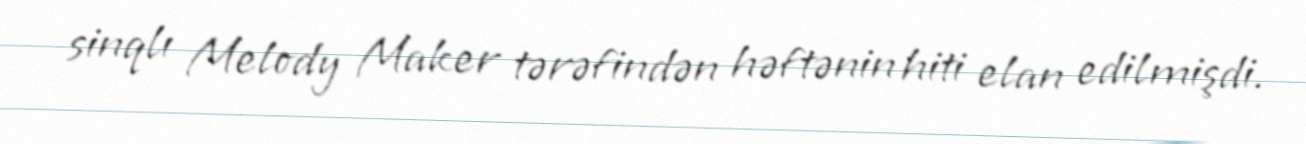
sinqlı Melody Maker tərəfindən həftənin hiti elan edilmişdi.